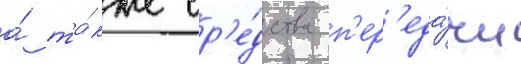
а́ та́кже ср'е́дства п'ер'еда́чи